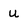
Character: u